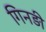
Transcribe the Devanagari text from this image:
गिनड़ी